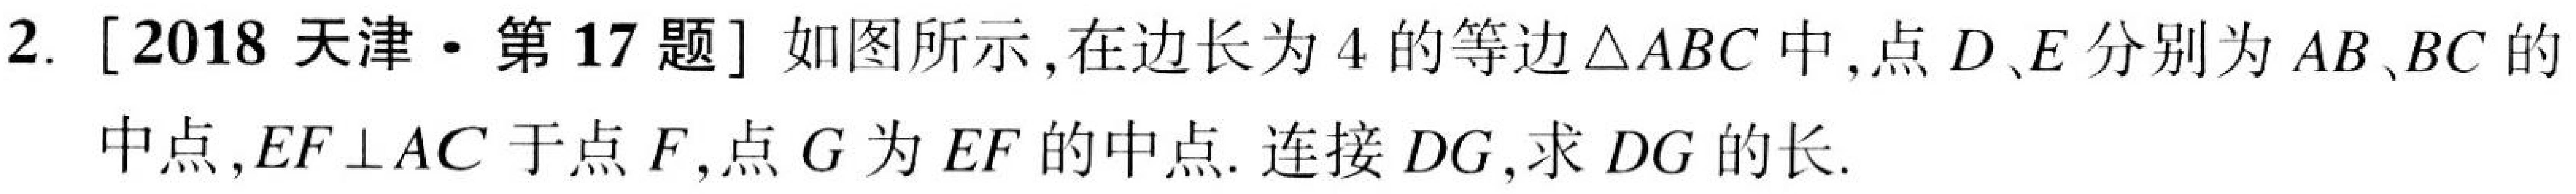
2. [2018 天津·第17题] 如图所示,在边长为4的等边$\triangle ABC$中,点$D、E$分别为$AB、BC$的
中点,$EF\perp AC$于点$F$,点$G$为$EF$的中点. 连接$DG$,求$DG$的长.